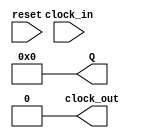
module Clock_Divider(clock_out,Q, clock_in, reset);
parameter n =  27, N = 50000000;
input reset,clock_in;
output clock_out = 0;
output [n-1:0] Q = 0;
reg [n-1:0] Q;
reg clock_out;
always @ (posedge reset or posedge clock_in)begin
if (reset == 1'b1) begin
Q <= 0;
clock_out<=0;
end
else if (Q == N-1) begin
Q<= 0;
clock_out <= ~clock_out;
end
else Q <= Q + 1;
end
endmodule